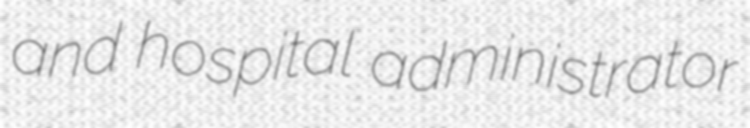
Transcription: and hospital administrator